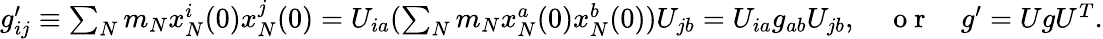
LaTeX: \begin{array}{r}{g_{ij}^{\prime}\equiv\sum_{N}m_{N}x_{N}^{i}(0)x_{N}^{j}(0)=U_{ia}(\sum_{N}m_{N}x_{N}^{a}(0)x_{N}^{b}(0))U_{jb}=U_{ia}g_{ab}U_{jb},\quad\mathrm{~o~r~}\quad g^{\prime}=UgU^{T}.}\end{array}